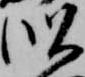
似